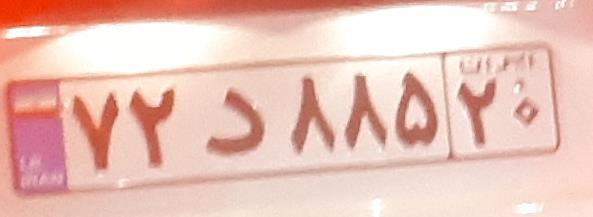
۷۲د۸۸۵۲۰